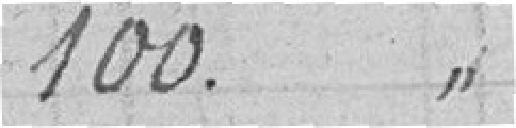
100. "